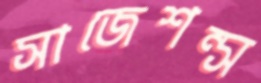
সাজেশন্স